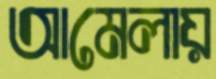
আমেলায়